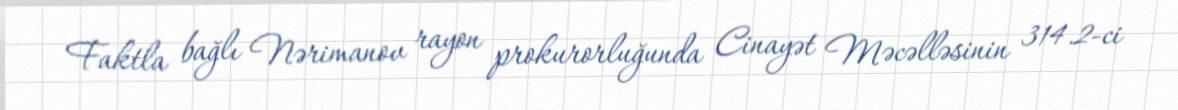
Faktla bağlı Nərimanov rayon prokurorluğunda Cinayət Məcəlləsinin 314.2-ci